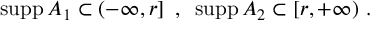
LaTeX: \mathrm { s u p p } \, A _ { 1 } \subset ( - \infty , r ] \, \, \, , \, \, \, \mathrm { s u p p } \, A _ { 2 } \subset [ r , + \infty ) \, \, .